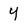
Character: y